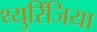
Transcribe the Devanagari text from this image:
थ्युरिंजिया